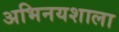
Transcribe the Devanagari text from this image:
अभिनयशाला